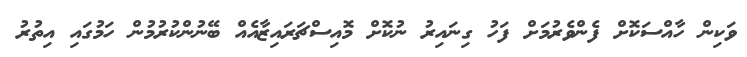
ވަކިން ހާއްސަކޮށް ފެންވެރުމަށް ފަހު ގިނައިރު ނުކޮށް މޮއިސްޗަރައިޒާއެއް ބޭނުންކުރުމުން ހަމުގައި އިތުރު